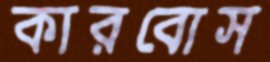
কারবোস